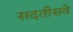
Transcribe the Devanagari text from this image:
सदतीसवे